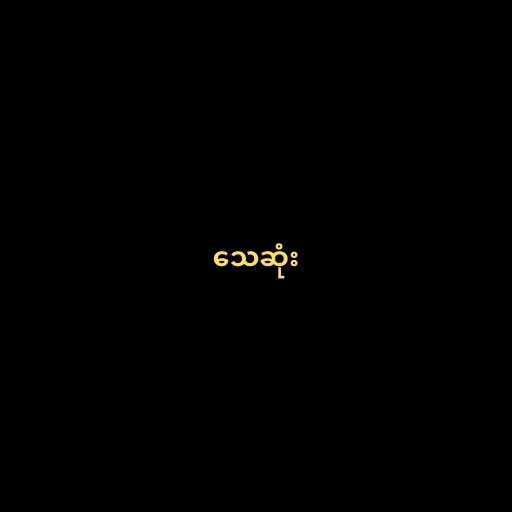
သေဆုံး